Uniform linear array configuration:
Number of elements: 16
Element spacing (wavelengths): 0.25
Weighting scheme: cosine
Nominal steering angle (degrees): -30
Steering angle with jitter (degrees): -31.758
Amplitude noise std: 0.05
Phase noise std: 0.05

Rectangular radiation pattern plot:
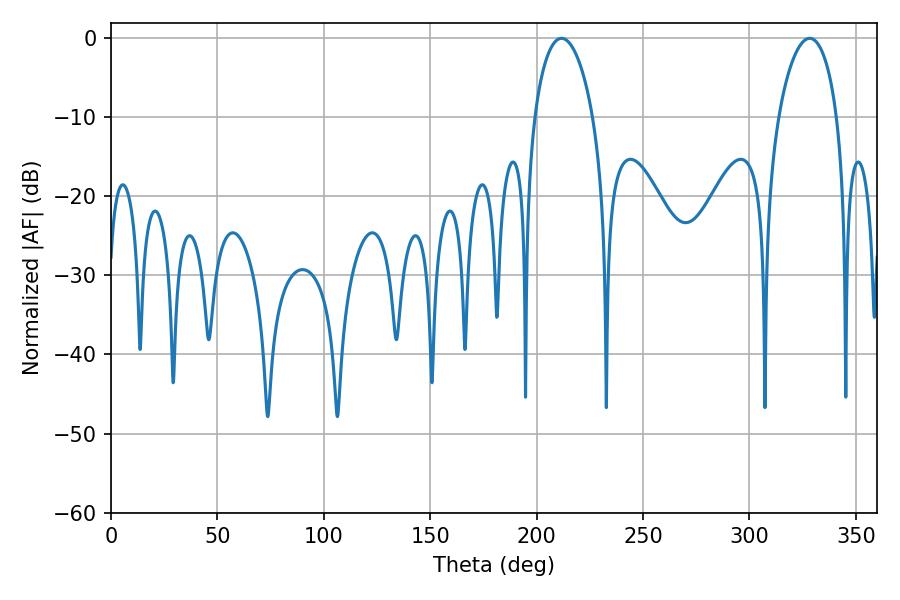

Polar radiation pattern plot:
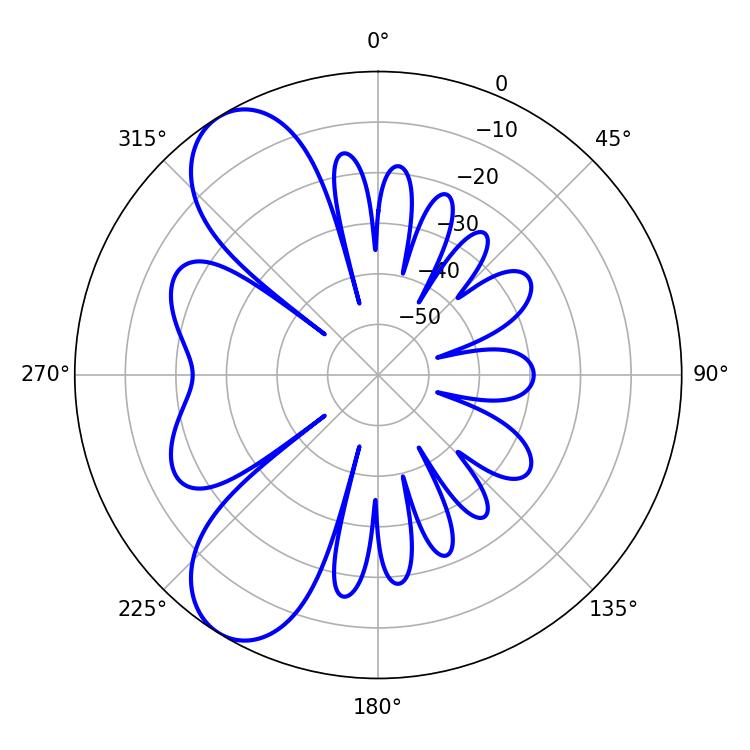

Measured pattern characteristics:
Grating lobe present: FALSE
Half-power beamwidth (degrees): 15.84
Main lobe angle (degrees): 328.32